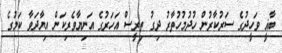
ބާޣީ ވަހީދުގެ ސަރުކާރުން ހުދުމުހުތާރު ދިގު ތިރީސް އަހަރުގެ އަނިޔާވެރިކަން އިޔާދަވާ ކަމުގެ